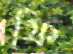
ফি